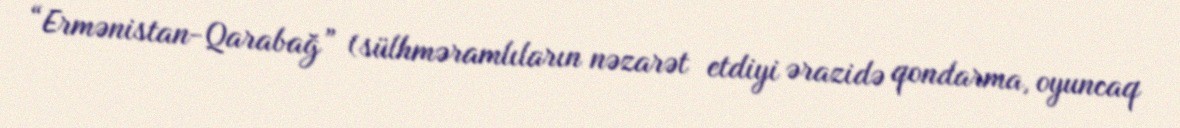
“Ermənistan-Qarabağ” (sülhməramlıların nəzarət etdiyi ərazidə qondarma, oyuncaq